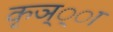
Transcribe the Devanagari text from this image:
कृञ््‌ा